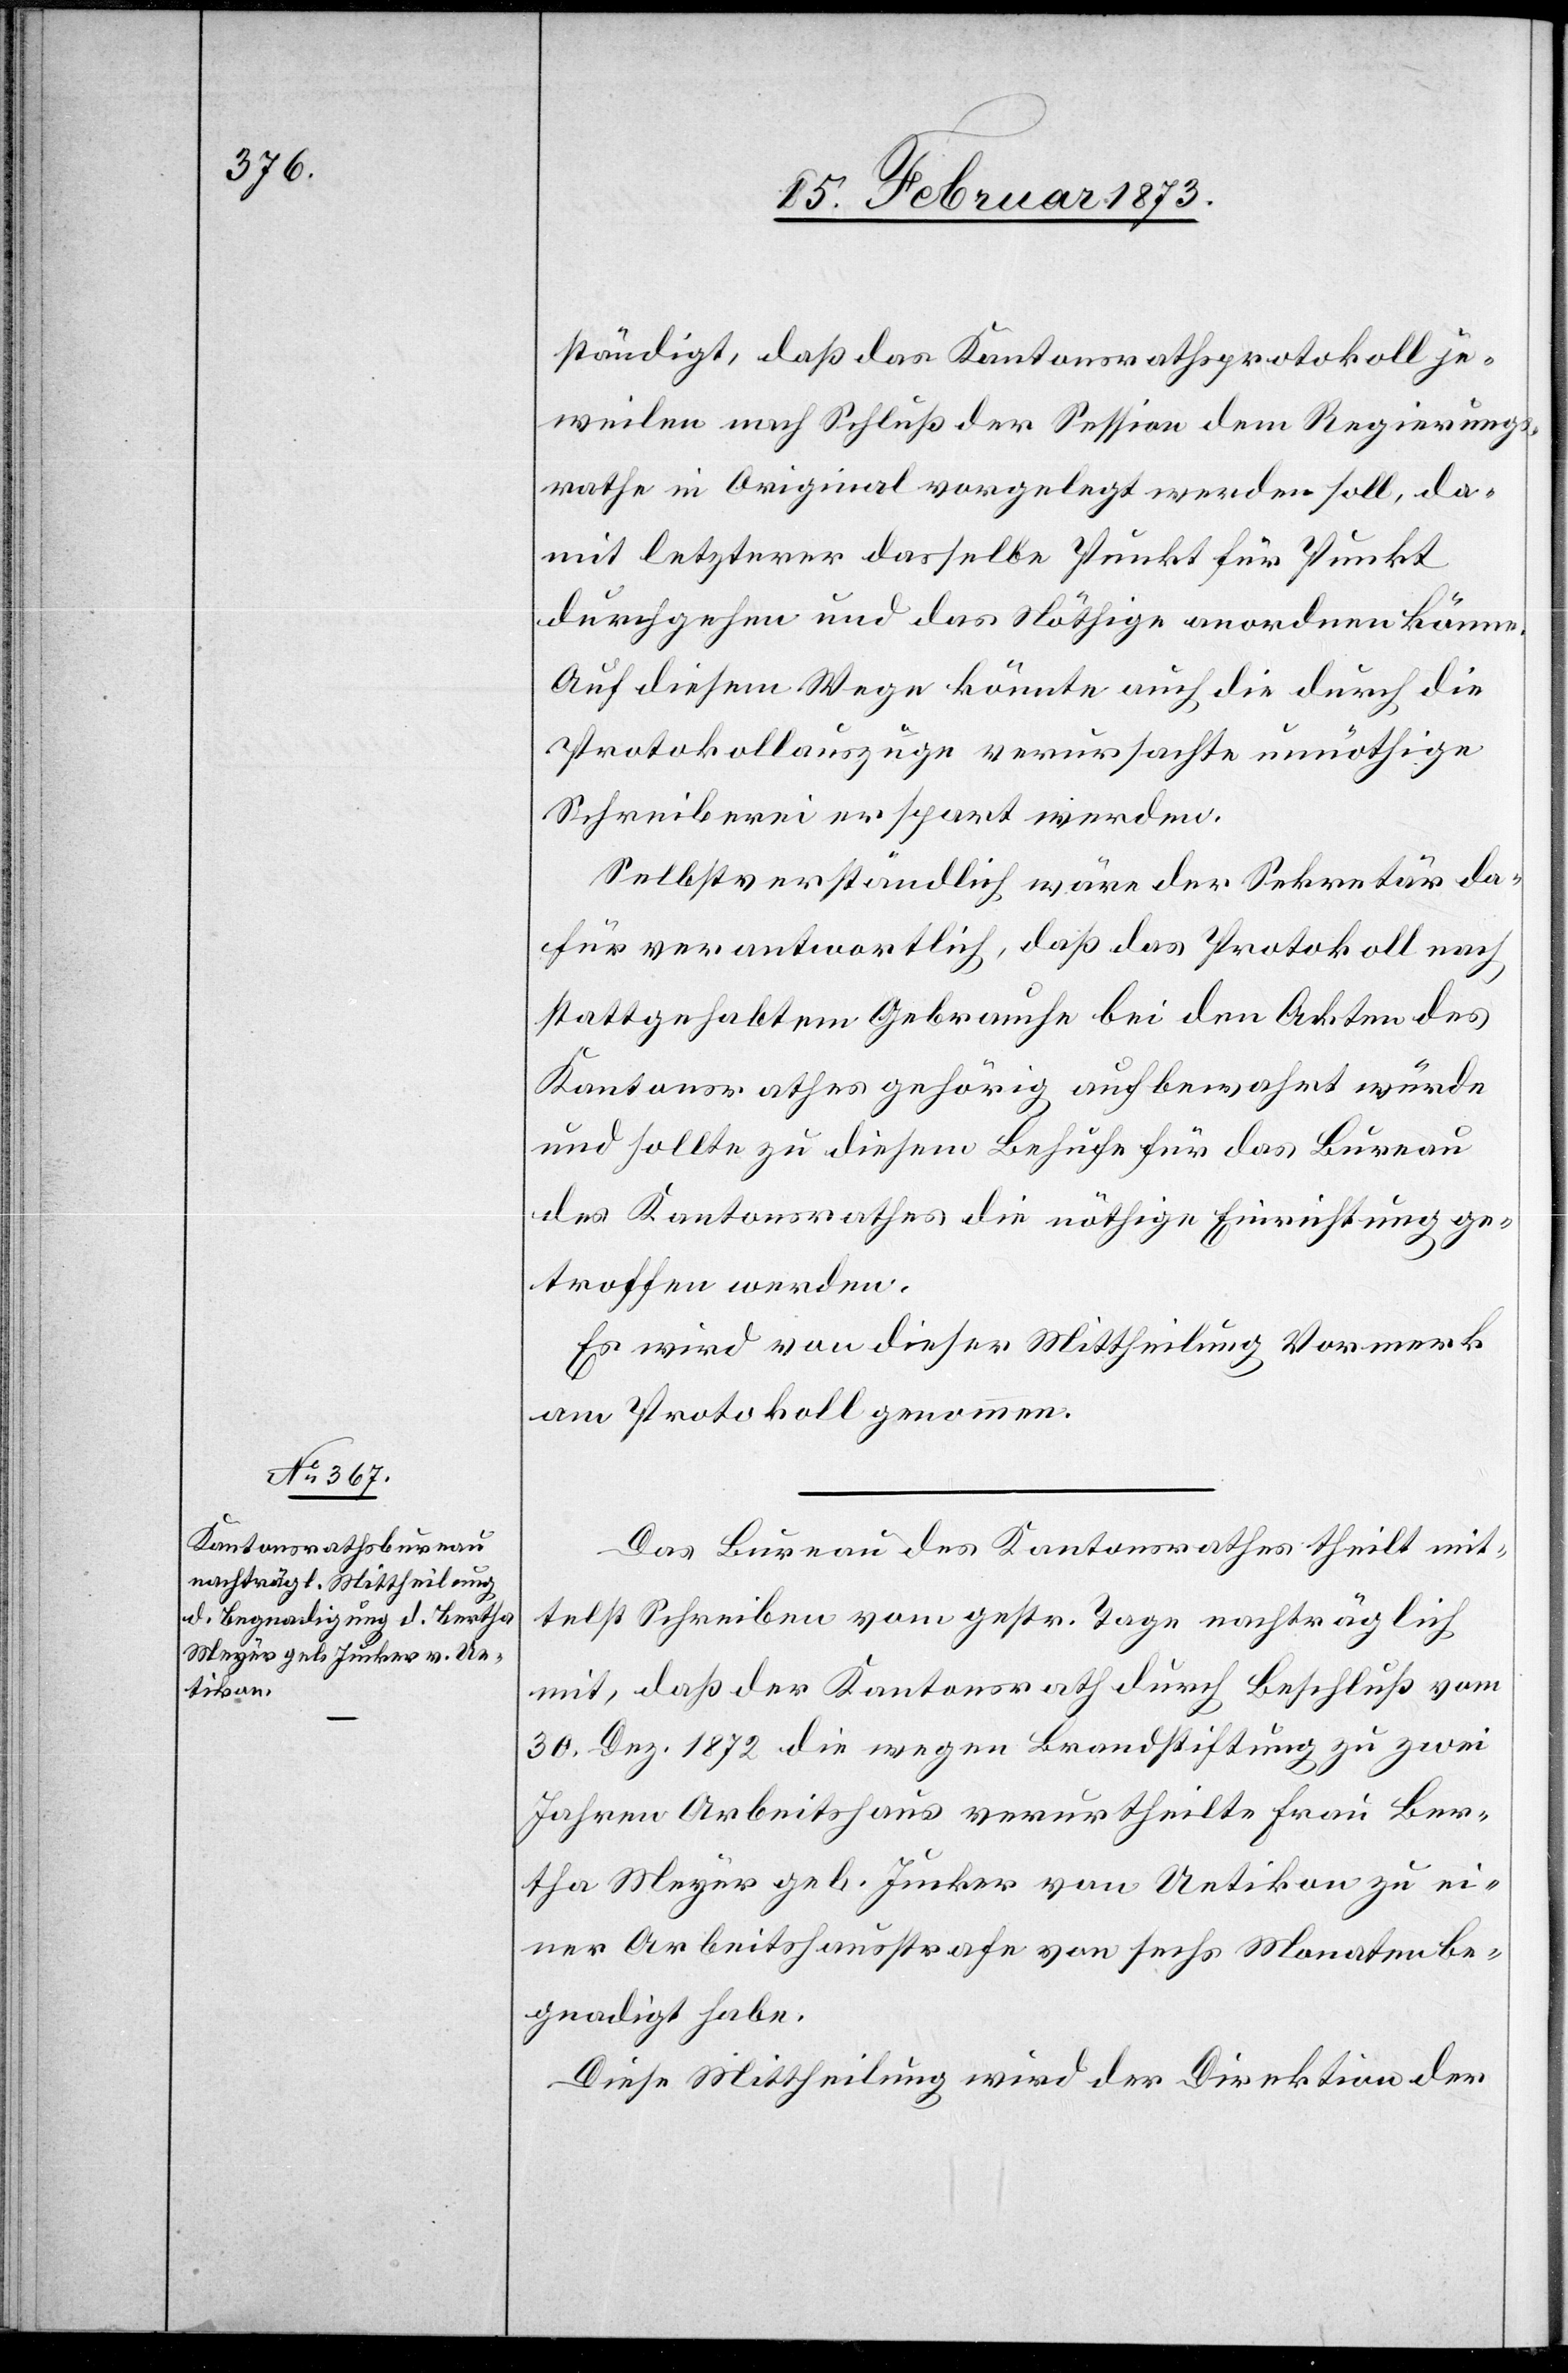
ständigt, daß das Kantonsrathsprotokoll je¬
weilen nach Schluß der Session dem Regierungs¬
rathe in Original vorgelegt werden soll, da¬
mit letzterer dasselbe Punkt für Punkt
durchgehen und das Nöthige anordnen könne.
Auf diesem Wege könnte auch die durch die
Protokollauszüge verursachte unnöthige
Schreiberei erspart werden.
Selbstverständlich wäre der Sekretär da¬
für verantwortlich, daß das Protokoll nach
stattgehabtem Gebrauche bei den Akten des
Kantonsrathes gehörig aufbewahrt würde
und sollte zu diesem Behufe für das Bureau
des Kantonsrathes die nöthige Einrichtung ge¬
troffen werden.
Es wird von dieser Mittheilung Vormerk
am Protokoll genommen.
Das Bureau des Kantonsrathes theilt mit¬
telst Schreiben vom gestr. Tage nachträglich
mit, daß der Kantonsrath durch Beschluß vom
30. Dez. 1872 die wegen Brandstiftung zu zwei
Jahren Arbeitshaus verurtheilte Frau Ber¬
tha Meyer geb. Jucker von Uetikon zu ei¬
ner Arbeitshausstrafe von sechs Monaten be¬
gnadigt habe.
Diese Mittheilung wird der Direktion der